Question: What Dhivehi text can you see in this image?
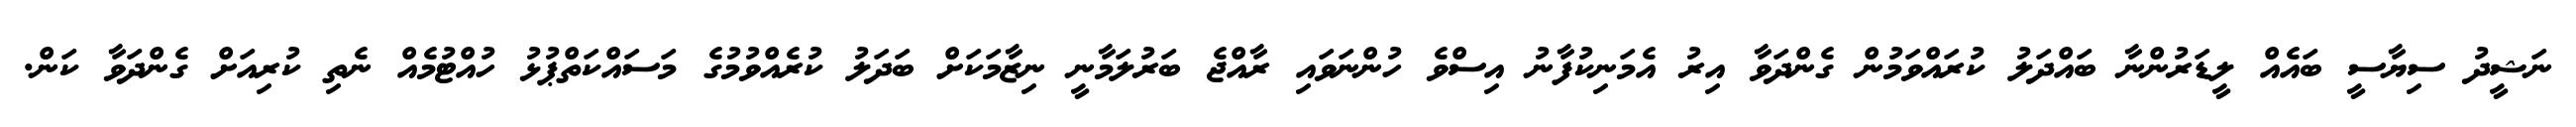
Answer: ނަޝީދު ސިޔާސީ ބައެއް ލީޑަރުންނާ ބައްދަލު ކުރައްވަމުން ގެންދަވާ އިރު އެމަނިކުފާނު އިސްވެ ހުންނަވައި ރާއްޖެ ބަރުލަމާނީ ނިޒާމަކަށް ބަދަލު ކުރެއްވުމުގެ މަސައްކަތްޕުޅު ހުއްޓުމެއް ނެތި ކުރިއަށް ގެންދަވާ ކަން.